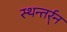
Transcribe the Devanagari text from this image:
स्थन्तर्र्न